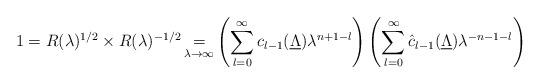
LaTeX: \begin{align*} 1=R(\lambda)^{1/2}\times R(\lambda)^{-1/2}\mathop{=}\limits_{\lambda\rightarrow\infty}\left(\sum_{l=0}^{\infty}{c}_{l-1}(\underline{\Lambda})\lambda^{n+1-l}\right)\left(\sum_{l=0}^{\infty}\hat{c}_{l-1}(\underline{\Lambda})\lambda^{-n-1-l}\right)\end{align*}